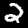
Label: 2